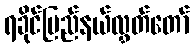
ရခိုင်ပြည်နယ်လွှတ်တော်